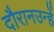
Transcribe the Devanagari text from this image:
दौरानउन्हें